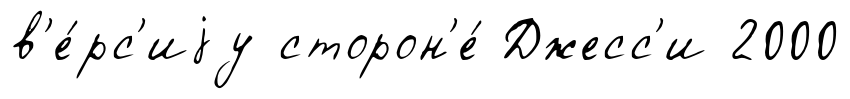
в'е́рс'иjу сторон'е́ Джесс'и 2000